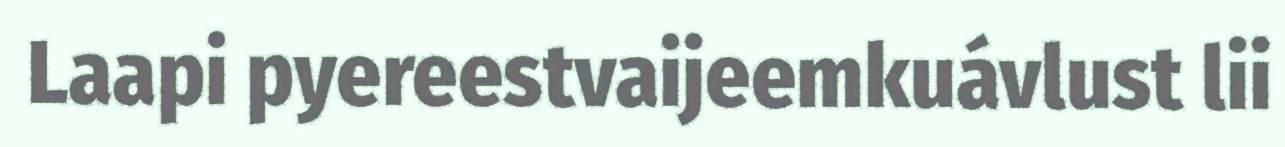
Laapi pyereestvaijeemkuávlust lii